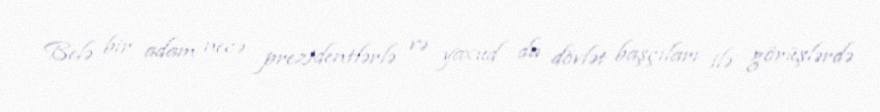
Belə bir adam necə prezidentlərlə və yaxud da dövlət başçıları ilə görüşlərdə